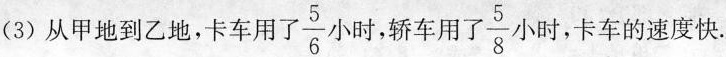
(3)从甲地到乙地，卡车用\frac{5}{6}小时，轿车用了\frac{5}{8}小时，卡车的速度快。